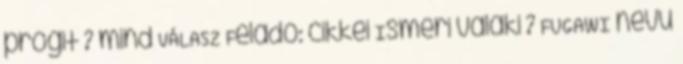
progit ? mind VÁLASZ Feladó: cikkei Ismeri valaki ? FUGAWI nevu